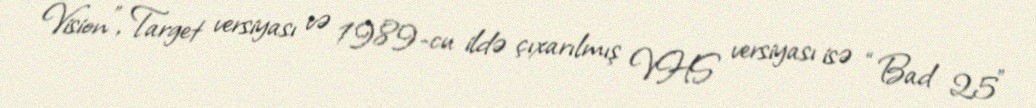
Vision”, Target versiyası və 1989-cu ildə çıxarılmış VHS versiyası isə “Bad 25”